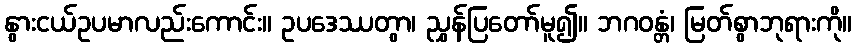
နွားငယ်ဥပမာလည်းကောင်း။ ဥပဒေဿတွာ၊ ညွှန်ပြတော်မူ၍။ ဘဂဝန္တံ၊ မြတ်စွာဘုရားကို။